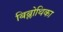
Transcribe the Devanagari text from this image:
बिब्लोथिका